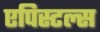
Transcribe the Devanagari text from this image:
एपिस्टल्स